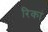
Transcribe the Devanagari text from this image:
रिकां